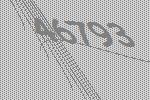
46793